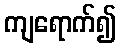
ကျရောက်၍